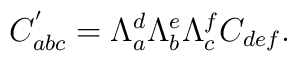
C_{abc}^{^{\prime }}=\Lambda _a^d\Lambda _b^e\Lambda _c^fC_{def}.